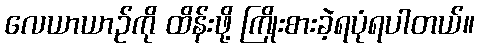
လေယာယာဉ်ကို ထိန်းဖို့ ကြိုးစားခဲ့ရပုံရပါတယ်။